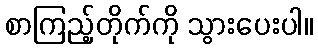
စာကြည့်တိုက်ကို သွားပေးပါ။